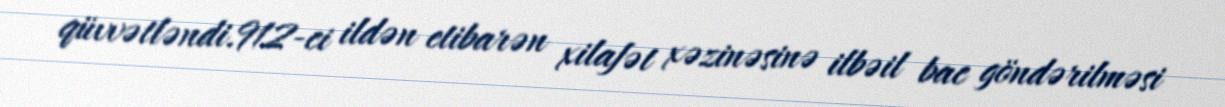
qüvvətləndi.912-ci ildən etibarən xilafət xəzinəsinə ilbəil bac göndərilməsi